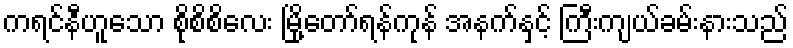
ကရင်နီဟူသော စိုစိစိလေး မြို့တော်ရန်ကုန် အနက်နှင့် ကြီးကျယ်ခမ်းနားသည်